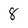
Character: 8